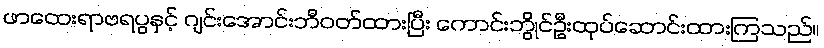
ဖာထေးရာဗရပွနှင့် ဂျင်းအောင်းဘီဝတ်ထားပြီး ကောင်းဘွိုင်ဦးထုပ်ဆောင်းထားကြသည်။